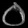
Digit: ၀